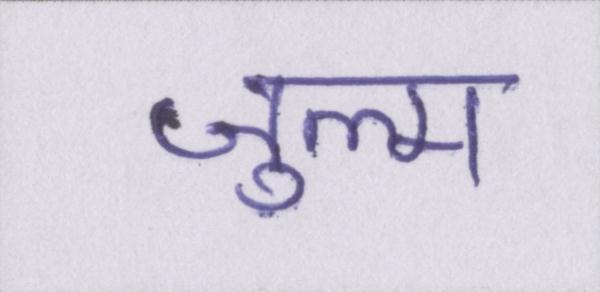
ज़ुल्म